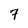
Character: 7